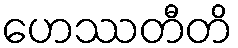
ဟေဿတီတိ